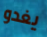
يغدو